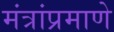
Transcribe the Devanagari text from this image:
मंत्रांप्रमाणे